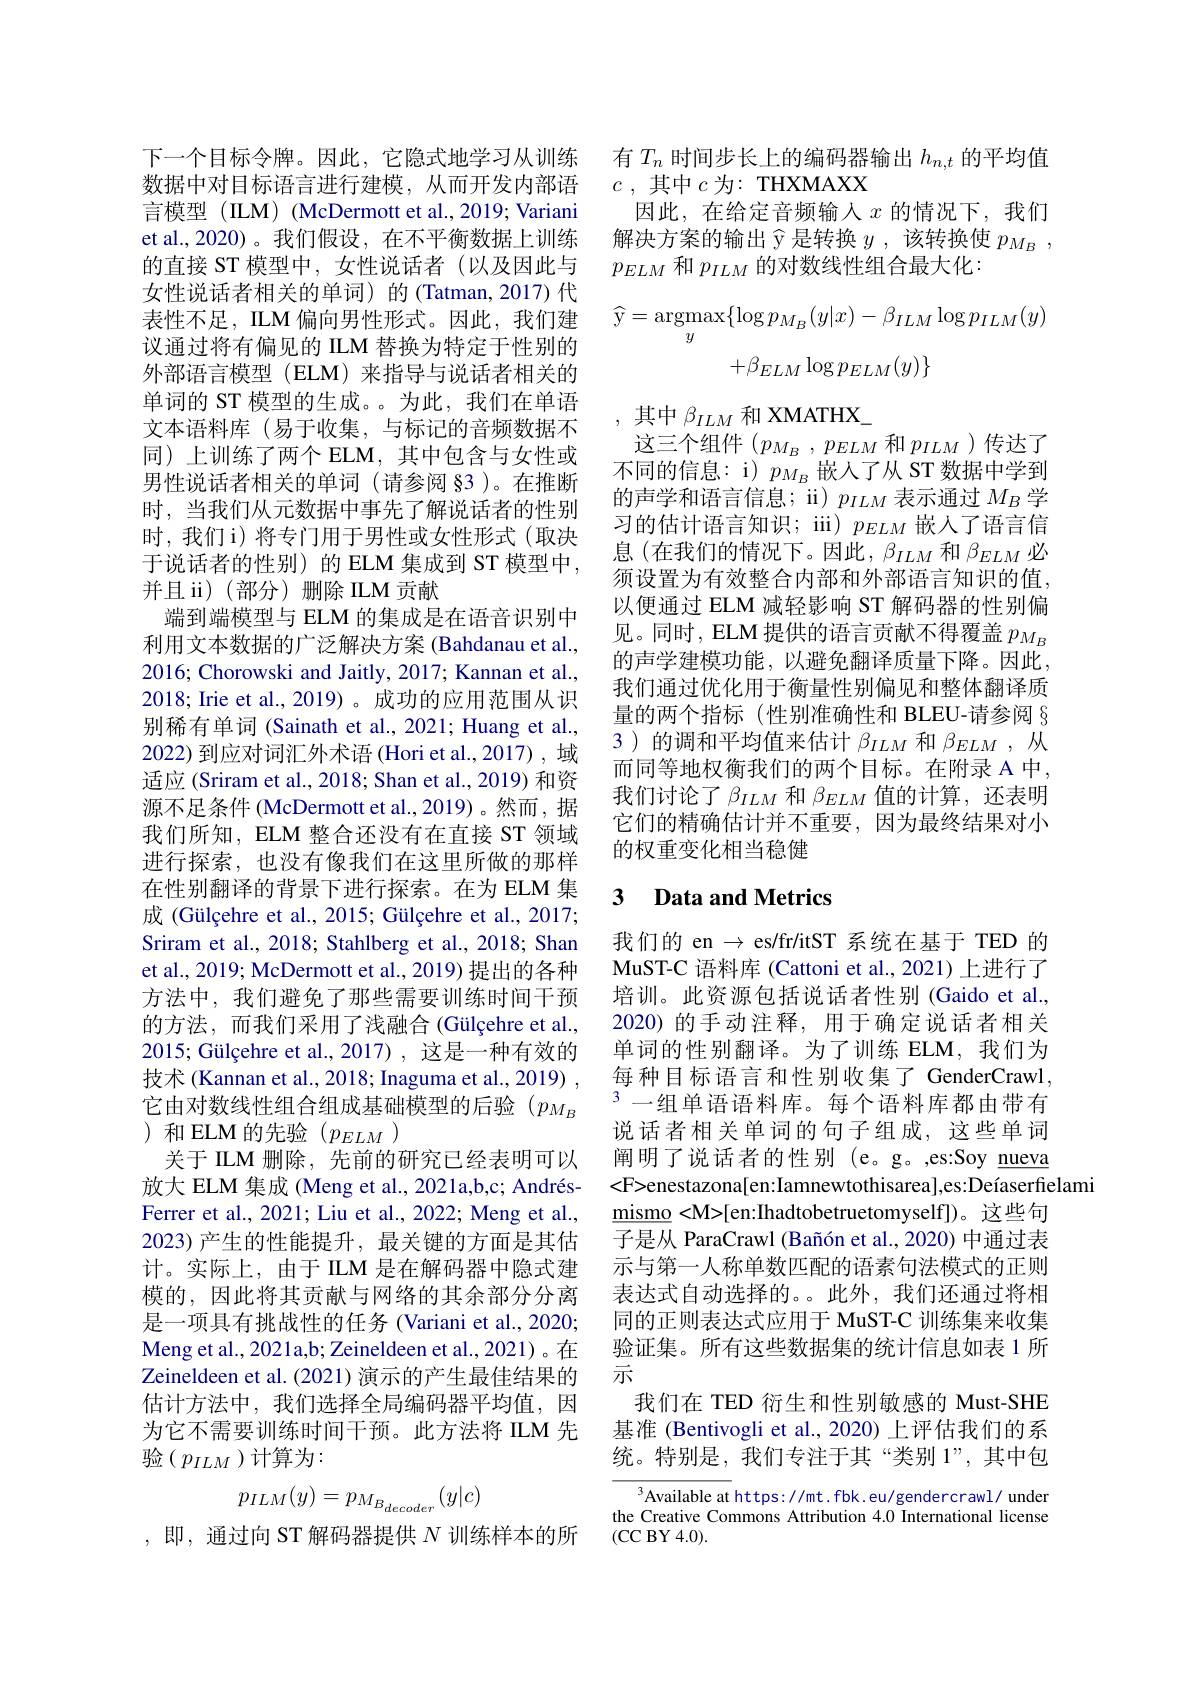
下一个目标令牌。因此，它隐式地学习从训练数据中对目标语言进行建模，从而开发内部语言模型 (ILM) (McDermott et al.,2019; Variani et al.,2020)。我们假设，在不平衡数据上训练的直接 ST 模型中，女性说话者(以及因此与女性说话者相关的单词)的(Tatman,2017)代表性不足，ILM 偏向男性形式。因此，我们建议通过将有偏见的 ILM 替换为特定于性别的外部语言模型 (ELM) 来指导与说话者相关的单词的 ST 模型的生成。为此，我们在单语文本语料库(易于收集，与标记的音频数据不同)上训练了两个 ELM, 其中包含与女性或男性说话者相关的单词(请参阅§3 )。在推断时，当我们从元数据中事先了解说话者的性别时，我们 i) 将专门用于男性或女性形式(取决于说话者的性别)的 ELM 集成到 ST 模型中， 并且 ii)(部分)删除 ILM 贡献
端到端模型与 ELM 的集成是在语音识别中利用文本数据的广泛解决方案 (Bahdanau et al., 2016; Chorowski and Jaitly, 2017; Kannan et al., 2018; Irie et al., 2019)。成功的应用范围从识别稀有单词 (Sainath et al., 2021; Huang et al., 2022) 到应对词汇外术语(Hori et al., 2017) , 域适应 (Sriram et al., 2018; Shan et al., 2019) 和资源不足条件 (McDermott et al., 2019) 。然而，据我们所知，ELM 整合还没有在直接 ST 领域进行探索，也没有像我们在这里所做的那样在性别翻译的背景下进行探索。在为 ELM 集成 (Gülçehre et al., 2015; Gülçehre et al., 2017; Sriram et al., 2018; Stahlberg et al., 2018; Shan et al., 2019; McDermott et al., 2019) 提出的各种方法中，我们避免了那些需要训练时间干预的方法，而我们采用了浅融合(Gülçehre et al., $2015; \text{ G\"{u} l\c{c} ehre et al}. , 2017) $,这是一种有效的技术 (Kannan et al., 2018; Inaguma et al., 2019) , 它由对数线性组合组成基础模型的后验$(p_{M_B}$ )和 ELM 的先验($p_ELM$)
关于 ILM 删除，先前的研究已经表明可以放大 ELM 集成 (Meng et al., 2021a,b,c; AndrésFerrer et al., 2021; Liu et al., 2022; Meng et al., 2023)产生的性能提升，最关键的方面是其估计。实际上，由于 ILM 是在解码器中隐式建模的，因此将其贡献与网络的其余部分分离是一项具有挑战性的任务 (Variani et al., 2020; Meng et al., 2021a,b; Zeineldeen et al., 2021)。在Zeineldeen et al. (2021) 演示的产生最佳结果的估计方法中，我们选择全局编码器平均值，因为它不需要训练时间干预。此方法将 ILM 先验($p_{ILM}$)计算为：
$$p_{ILM}(y)=p_{M_{B_{decoder}}}(y|c)$$
,即，通过向 ST 解码器提供$N$训练样本的所

有$T_n$时间步长上的编码器输出$h_n,t$的平均值
$c$ , 其中 $c$ 为：THXMAXX
因此，在给定音频输入$x$ 的情况下，我们解决方案的输出$\widehat{\text{y}}$是转换$y$ ,该转换使$p_M_B$, $p_{ELM}$和$p_ILM$的对数线性组合最大化：
$$\widehat{\mathrm{y}}=\underset{y}{\operatorname*{argmax}}\{\log p_{M_{B}}(y|x)-\beta_{ILM}\log p_{ILM}(y)\\+\beta_{ELM}\log p_{ELM}(y)\}$$
,其中$\beta_ILM$和 XMATHX\_
这三个组件($p_{M_B},p_{ELM}$和$p_{ILM}$)传达了不同的信息：i) $p_{M_B}$嵌入了从 ST 数据中学到的声学和语言信息；ii) $p_{ILM}$表示通过$M_B$学习的估计语言知识；iii) $p_ELM$嵌人了语言信息(在我们的情况下。因此，$\beta_ILM$ 和$\beta_ELM$ 必须设置为有效整合内部和外部语言知识的值， 以便通过 ELM 减轻影响 ST 解码器的性别偏见。同时，ELM 提供的语言贡献不得覆盖$p_{M_B}$ 的声学建模功能，以避免翻译质量下降。因此， 我们通过优化用于衡量性别偏见和整体翻译质量的两个指标(性别准确性和 BLEU-请参阅§ 3)的调和平均值来估计$\beta_{ILM}$和$\beta_{ELM}$ ,从而同等地权衡我们的两个目标。在附录 A 中， 我们讨论了$\beta_{ILM}$和$\beta_ELM$值的计算，还表明它们的精确估计并不重要，因为最终结果对小的权重变化相当稳健

## 3 $\textbf{Data and Metrics}$

我们的 en $\to$ es/fr/itST 系统在基于 TED 的MuST-C 语料库 (Cattoni et al.,2021)上进行了培训。此资源包括说话者性别 Gaido et al., 2020)的手动注释，用于确定说话者相关单词的性别翻译。为了训练 ELM,我们为每种目标语言和性别收集了 GenderCrawl, $^3-$组单语语料库。每个语料库都由带有说话者相关单词的句子组成，这些单词阐明了说话者的性别(e。g。,es:Soy nueva <F>enestazona[en:Iamnewtothisarea],es:Deíaserfielami
$\underline {\mathrm{mismo}}< \mathbf{M> [ en: Ihadtobetruetomyself] }) 。这 些 句$ 子是从 ParaCrawl (Bañón et al., 2020) 中通过表示与第一人称单数匹配的语素句法模式的正则表达式自动选择的。。此外，我们还通过将相同的正则表达式应用于 MuST-C 训练集来收集验证集。所有这些数据集的统计信息如表 1 所示
我们在 TED 衍生和性别敏感的 Must-SHE 基准 (Bentivogli et al., 2020) 上评估我们的系统。特别是，我们专注于其“类别 1”,其中包

$^3$Available at https: / / mt. f bk. eu/ gendercrawl/ under the Creative Commons Attribution 4.0 International license (CC BY 4.0).